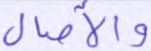
والآصال